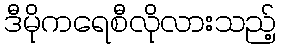
ဒီမိုကရေစီလိုလားသည့်